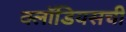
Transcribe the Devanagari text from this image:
क्लॉडियसची